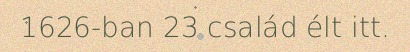
1626-ban 23 család élt itt.